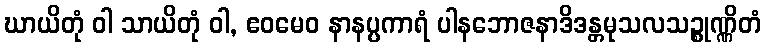
ဃာယိတုံ ဝါ သာယိတုံ ဝါ, ဧဝမေဝ နာနပ္ပကာရံ ပါနဘောဇနာဒိဒန္တမုသလသဉ္စုဏ္ဏိတံ